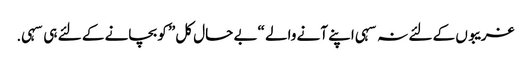
غریبوں کے لئے نہ سہی اپنے آنے والے “بے حال کل” کو بچانے کے لئے ہی سہی.